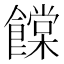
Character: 饓